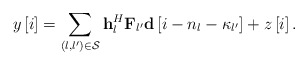
\begin{align*} y\left[ i \right] = \sum\limits_{\left( {l,l'} \right) \in {\cal S}} {{\bf{h}}_l^H{{\bf{F}}_{l'}}{\bf{d}}\left[ {i - {n_l} - {\kappa _{l'}}} \right]} + z\left[ {i} \right]. \end{align*}